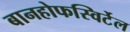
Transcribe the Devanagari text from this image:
बानहोफस्विर्टेल